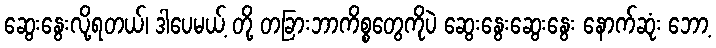
ဆွေးနွေးလို့ရတယ်၊ ဒါပေမယ့် တို့ တခြားဘာကိစ္စတွေကိုပဲ ဆွေးနွေးဆွေးနွေး နောက်ဆုံး ဘော့